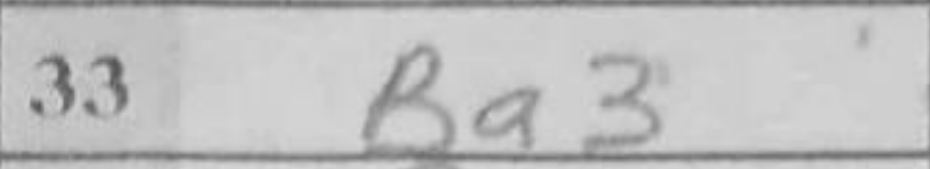
Transcription: Ba3